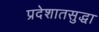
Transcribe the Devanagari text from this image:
प्रदेशातसुद्धा